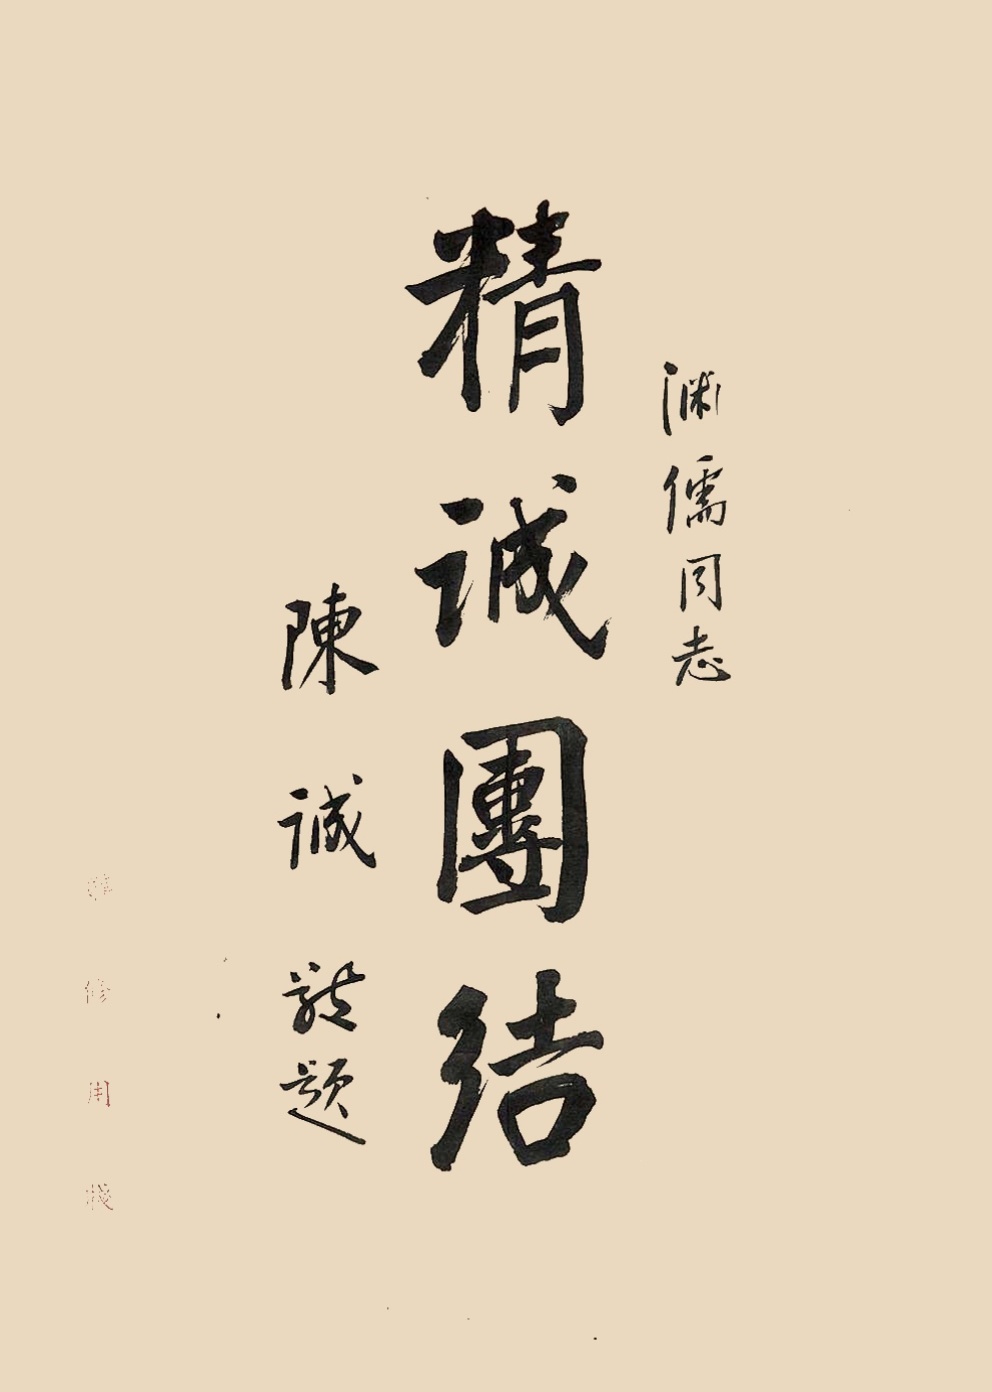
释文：精诚团结渊儒同志，陈诚致题。